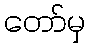
တော်မှ